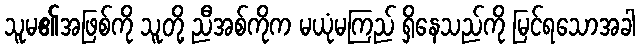
သူမ၏အဖြစ်ကို သူတို့ ညီအစ်ကိုက မယုံမကြည် ရှိနေသည်ကို မြင်ရသောအခါ